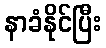
နာခံနိုင်ပြီး